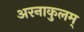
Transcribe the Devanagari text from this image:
अरनाकुलम्‌